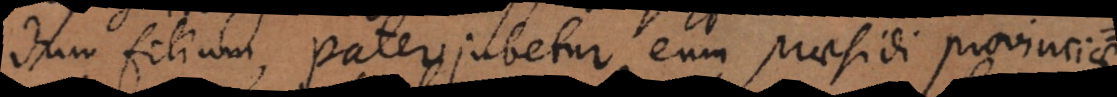
filium, pater jubetur eum praesidi provinciae